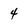
Character: 4